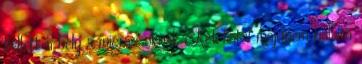
kellett a hely a migránsoknak Két fiatal majdnem halálra